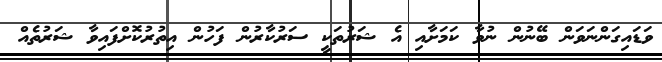
ވަޑައިގަންނަވަން ބޭނުން ނުވާ ކަމަށާއި އެ ޝަރުތަކީ ސަރުކާރުން ފަހުން އިތުރުކޮށްފައިވާ ޝަރުތެއް